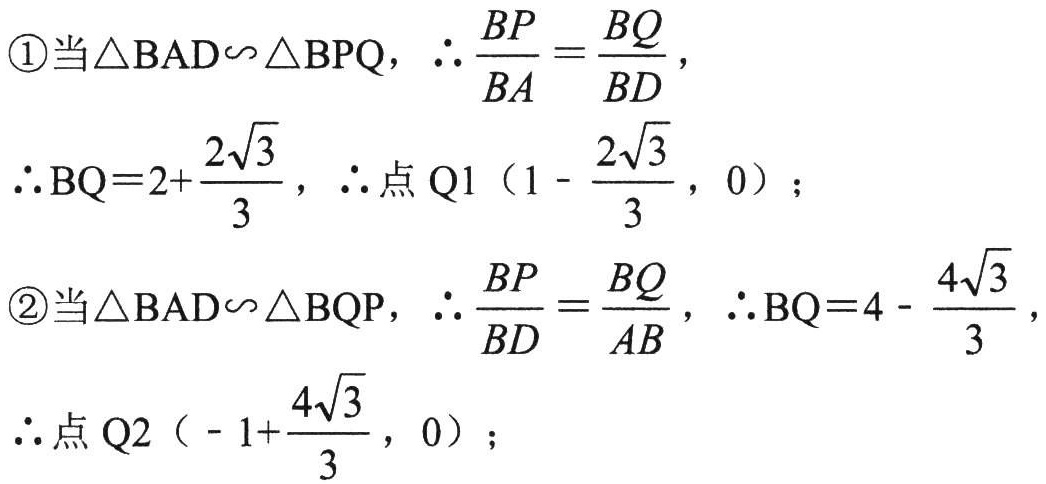
\textcircled{1}当\(\triangle BAD\sim\triangle BPQ\)，\(\therefore \dfrac{BP}{BA}=\dfrac{BQ}{BD}\)，
\(\therefore BQ = 2+\dfrac{2\sqrt{3}}{3}\)，\(\therefore\)点\(Q1\left(1 - \dfrac{2\sqrt{3}}{3},0\right)\)；
\textcircled{2}当\(\triangle BAD\sim\triangle BQP\)，\(\therefore \dfrac{BP}{BD}=\dfrac{BQ}{AB}\)，\(\therefore BQ = 4-\dfrac{4\sqrt{3}}{3}\)，
\(\therefore\)点\(Q2\left(-1+\dfrac{4\sqrt{3}}{3},0\right)\)；